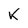
Character: K